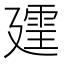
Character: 𪪲